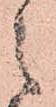
之